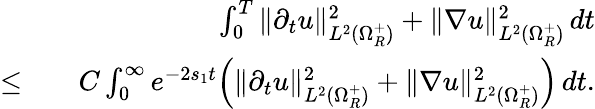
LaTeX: \begin{array}{rlr}&{}&{\int_{0}^{T}\| \partial_{t}u\| _{L^{2}(\Omega_{R}^{+})}^{2}+\| \nabla u\| _{L^{2}(\Omega_{R}^{+})}^{2}\, dt}\\ {\leq}&{}&{C\int_{0}^{\infty}e^{-2s_{1}t}\Big(\| \partial_{t}u\| _{L^{2}(\Omega_{R}^{+})}^{2}+\| \nabla u\| _{L^{2}(\Omega_{R}^{+})}^{2}\Big)\, dt.}\end{array}